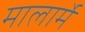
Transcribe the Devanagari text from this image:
मालार्मे